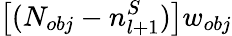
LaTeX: \left[(N_{obj}-n_{l+1}^{S})\right]w_{obj}